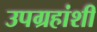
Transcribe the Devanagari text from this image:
उपग्रहांशी